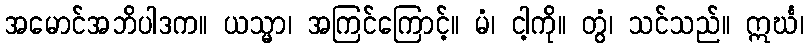
အမောင်အဘိပါဒက။ ယသ္မာ၊ အကြင်ကြောင့်။ မံ၊ ငါ့ကို။ တွံ၊ သင်သည်။ ဣင်္ဃ၊